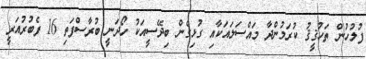
ފުލުހުން ތަހުޤީޤު ކުރަމުންދާ މައްސަލައަކާއި ގުޅިގެން ބިދޭސީއަކު ހޯދަނީ ބުރާސްފަތި 16 ފެބުރުއަރީ